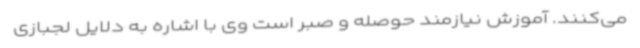
می‌کنند. آموزش نیازمند حوصله و صبر است وی با اشاره به دلایل لجبازی